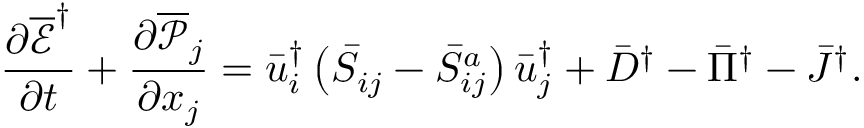
\frac { { \partial { { \overline { { \mathcal E } } } ^ { \dag } } } } { { \partial t } } + \frac { { \partial { { \overline { { \mathcal P } } } _ { j } } } } { { \partial { x _ { j } } } } = \bar { u } _ { i } ^ { \dag } \left( { { { \bar { S } } _ { i j } } - \bar { S } _ { i j } ^ { a } } \right) \bar { u } _ { j } ^ { \dag } + { { \bar { D } } ^ { \dag } } - { { \bar { \Pi } } ^ { \dag } } - { { \bar { J } } ^ { \dag } } .